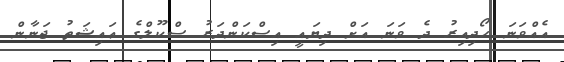
އެއްވަނަ ހޯދިއިރު ދެ ވަނަ އަށް ދިޔައީ އިސްކަންދަރު ސްކޫލްގެ ޢައިޝަތު ޖަނާން